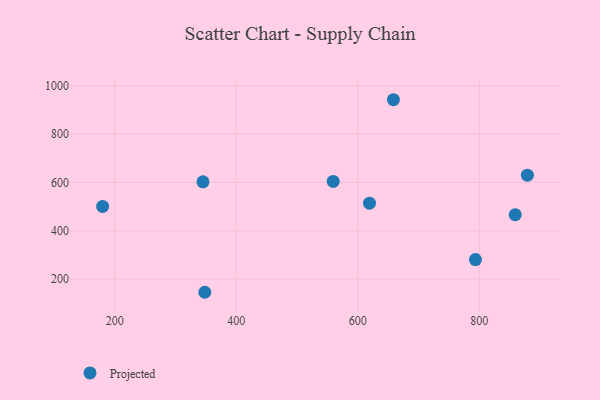
{"axis": {"x": "Ad Spend", "y": "Exam Score"}, "legend": ["Projected"], "data": [{"x": "345.1", "y": 602.4, "type": "Projected"}, {"x": "658.6", "y": 941.6, "type": "Projected"}, {"x": "859.1", "y": 466.5, "type": "Projected"}, {"x": "559.5", "y": 603.9, "type": "Projected"}, {"x": "348.1", "y": 145.7, "type": "Projected"}, {"x": "179.9", "y": 500.4, "type": "Projected"}, {"x": "879.1", "y": 629.6, "type": "Projected"}, {"x": "793.6", "y": 281.0, "type": "Projected"}, {"x": "619.2", "y": 514.1, "type": "Projected"}]}